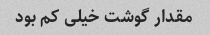
مقدار گوشت خیلی کم بود